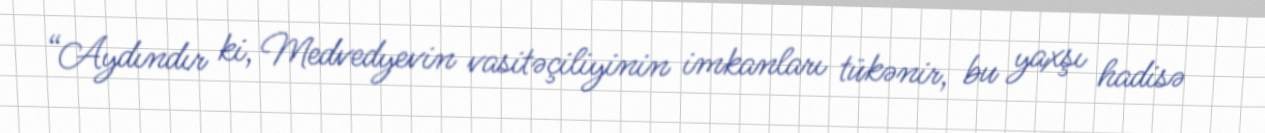
“Aydındır ki, Medvedyevin vasitəçiliyinin imkanları tükənir, bu yaxşı hadisə